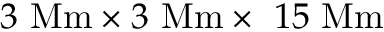
3 \mathrm { \ M m } \times 3 \mathrm { \ M m } \times \ 1 5 \mathrm { \ M m }